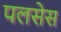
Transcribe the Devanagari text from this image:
पलसेस